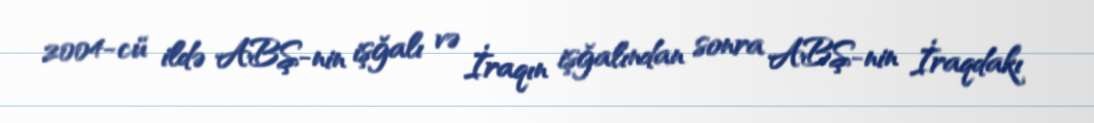
2004-cü ildə ABŞ-nin işğalı və İraqın işğalından sonra ABŞ-nin İraqdakı